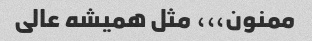
ممنون،،، مثل همیشه عالی